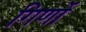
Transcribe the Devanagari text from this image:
गिणों